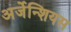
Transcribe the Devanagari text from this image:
अर्जेन्शियस